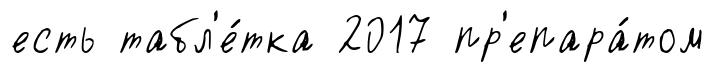
есть табл'е́тка 2017 пр'епара́том